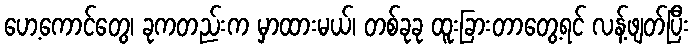
ဟေ့ကောင်တွေ၊ ခုကတည်းက မှာထားမယ်၊ တစ်ခုခု ထူးခြားတာတွေ့ရင် လန့်ဖျတ်ပြီး